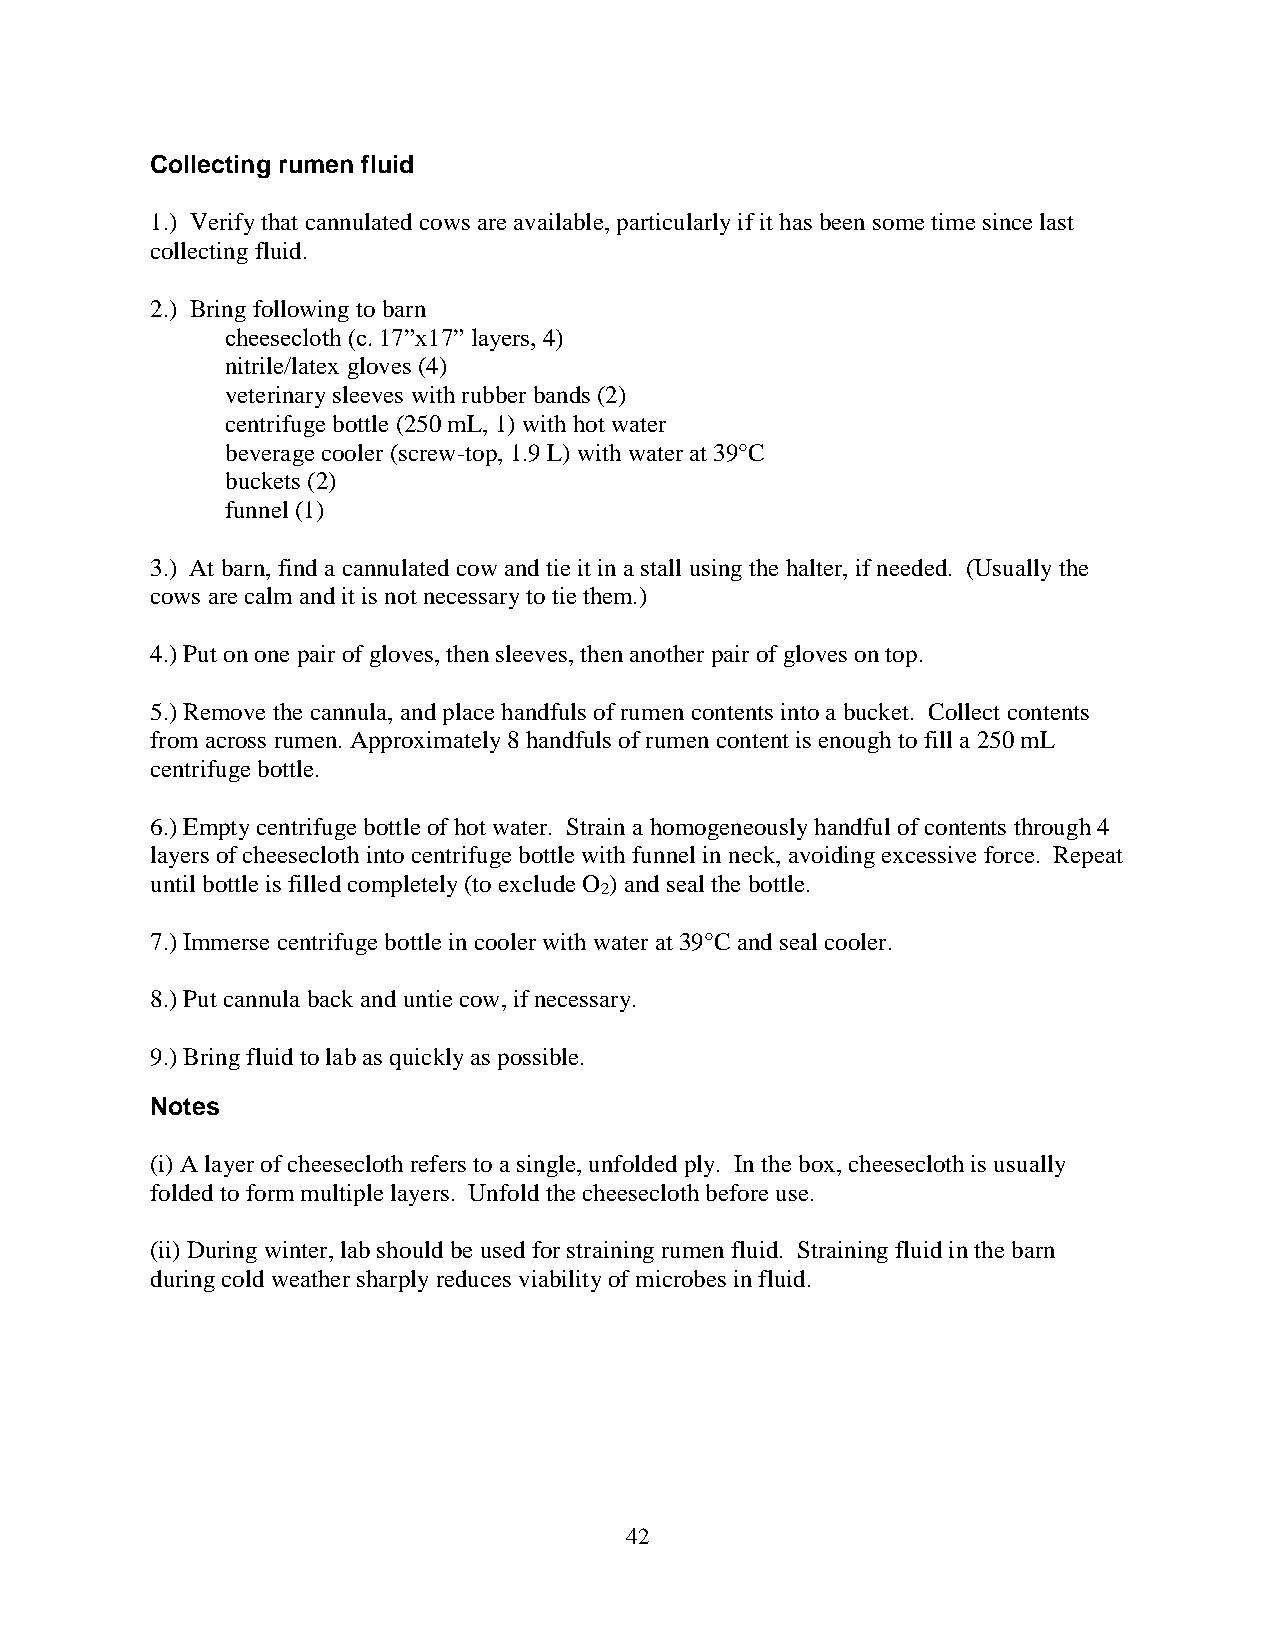
Collecting rumen fluid
 1.) Verify that cannulated cows are available, particularly if it has been some time since last
 collecting fluid.
 2.) Bring following to barn
 cheesecloth (c. 17”x17” layers, 4)
 nitrile/latex gloves (4)
 veterinary sleeves with rubber bands (2)
 centrifuge bottle (250 mL, 1) with hot water
 beverage cooler (screw-top, 1.9 L) with water at 39°C
 buckets (2)
 funnel (1)
 3.) At barn, find a cannulated cow and tie it in a stall using the halter, if needed. (Usually the
 cows are calm and it is not necessary to tie them.)
 4.) Put on one pair of gloves, then sleeves, then another pair of gloves on top.
 5.) Remove the cannula, and place handfuls of rumen contents into a bucket. Collect contents
 from across rumen. Approximately 8 handfuls of rumen content is enough to fill a 250 mL
 centrifuge bottle.
 6.) Empty centrifuge bottle of hot water. Strain a homogeneously handful of contents through 4
 layers of cheesecloth into centrifuge bottle with funnel in neck, avoiding excessive force. Repeat
 until bottle is filled completely (to exclude O ) and seal the bottle.
 2
 7.) Immerse centrifuge bottle in cooler with water at 39°C and seal cooler.
 8.) Put cannula back and untie cow, if necessary.
 9.) Bring fluid to lab as quickly as possible.
 Notes
 (i) A layer of cheesecloth refers to a single, unfolded ply. In the box, cheesecloth is usually
 folded to form multiple layers. Unfold the cheesecloth before use.
 (ii) During winter, lab should be used for straining rumen fluid. Straining fluid in the barn
 during cold weather sharply reduces viability of microbes in fluid.
 42